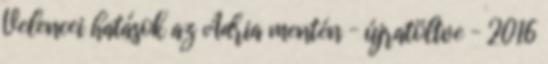
Velencei hatások az Adria mentén – újratöltve – 2016